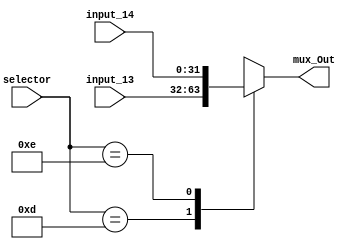
module Mux_Interupt(
    input_13,
    input_14,
    selector,
    mux_Out
    );
    
    input [31:0] input_13;
    input [31:0] input_14;
    input [4:0]selector;
    output reg [31:0] mux_Out;
    
    always @ (*) begin
        case (selector)
            5'd13: 
                mux_Out =  input_13;
            5'd14: 
                mux_Out =  input_14;
            default: 
                mux_Out = 32'bx; 
        endcase
    end

endmodule